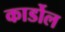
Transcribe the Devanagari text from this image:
कार्डोल